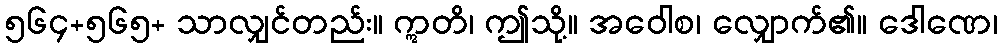
၅၆၄+၅၆၅+ သာလျှင်တည်း။ ဣတိ၊ ဤသို့။ အဝေါစ၊ လျှောက်၏။ ဒေါဏေ၊